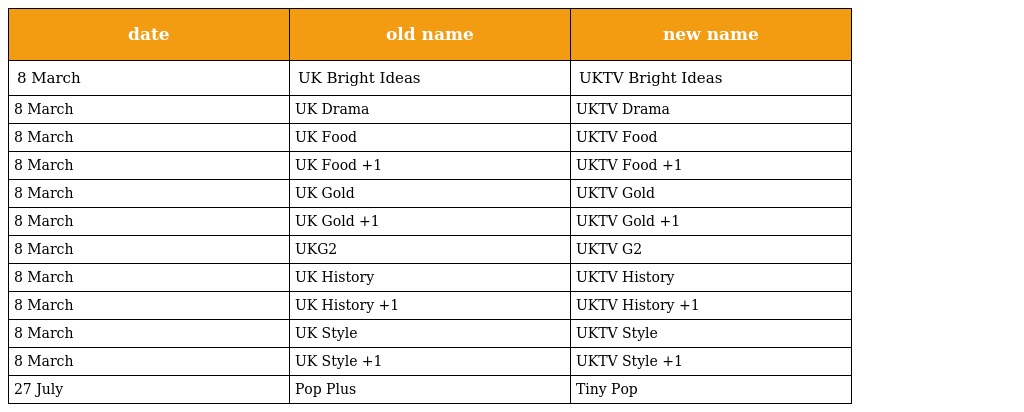
| date | old name | new name |
 | --- | --- | --- |
 | 8 March | UK Bright Ideas | UKTV Bright Ideas |
 | 8 March | UK Drama | UKTV Drama |
 | 8 March | UK Food | UKTV Food |
 | 8 March | UK Food +1 | UKTV Food +1 |
 | 8 March | UK Gold | UKTV Gold |
 | 8 March | UK Gold +1 | UKTV Gold +1 |
 | 8 March | UKG2 | UKTV G2 |
 | 8 March | UK History | UKTV History |
 | 8 March | UK History +1 | UKTV History +1 |
 | 8 March | UK Style | UKTV Style |
 | 8 March | UK Style +1 | UKTV Style +1 |
 | 27 July | Pop Plus | Tiny Pop |